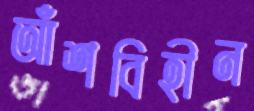
আঁশবিহীন